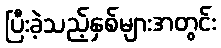
ပြီးခဲ့သည့်နှစ်များအတွင်း